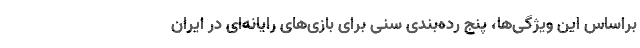
براساس این ویژگی‌ها، پنج رده‌بندی سنی برای بازی‌های رایانه‌ای در ایران